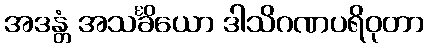
အဒန္တံ အသင်္ခိယော ဒါသိဂဏပရိဝုတာ